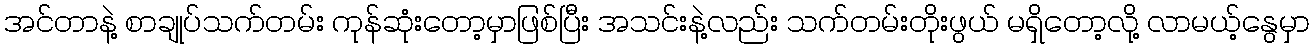
အင်တာနဲ့ စာချုပ်သက်တမ်း ကုန်ဆုံးတော့မှာဖြစ်ပြီး အသင်းနဲ့လည်း သက်တမ်းတိုးဖွယ် မရှိတော့လို့ လာမယ့်နွေမှာ